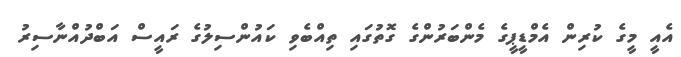
އެއީ މީގެ ކުރިން އެމްޑީޕީގެ މެންބަރުންގެ ގޮތުގައި ތިއްބެވި ކައުންސިލުގެ ރައީސް އަބްދުއްނާސިރު